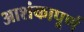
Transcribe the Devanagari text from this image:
आशंकापूर्ण